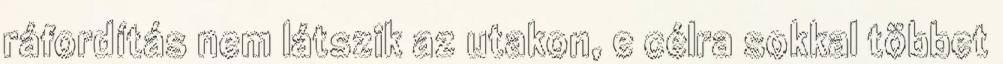
ráfordítás nem látszik az utakon, e célra sokkal többet